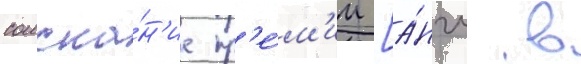
соиска́н'ие пр'е́м'ии [а́нгл. в